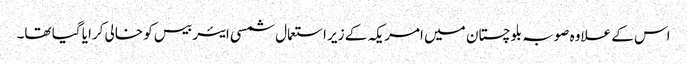
اس کے علاوہ صوبہ بلوچستان میں امریکہ کے زیر استعمال شمسی ایئر بیس کو خالی کرایا گیا تھا۔